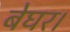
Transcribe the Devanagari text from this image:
बेघर।